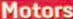
Motors